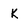
Character: K